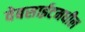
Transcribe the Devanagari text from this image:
वेबसाईटमधील